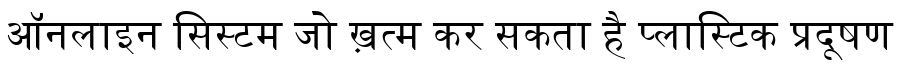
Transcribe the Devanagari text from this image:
ऑनलाइन सिस्टम जो ख़त्म कर सकता है प्लास्टिक प्रदूषण